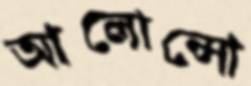
আলোন্সো